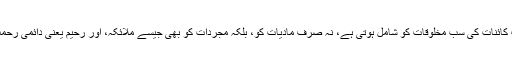
نیز "کثیرالرحمۃ" یعنی اللہ کی رحمت کائنات کی سب مخلوقات کو شامل ہوتی ہے، نہ صرف مادیات کو، بلکہ مجرّدات کو بھی جیسے ملائکہ، اور رحیم یعنی دائمی رحمت جو مومن انسانوں سے مختص ہے۔